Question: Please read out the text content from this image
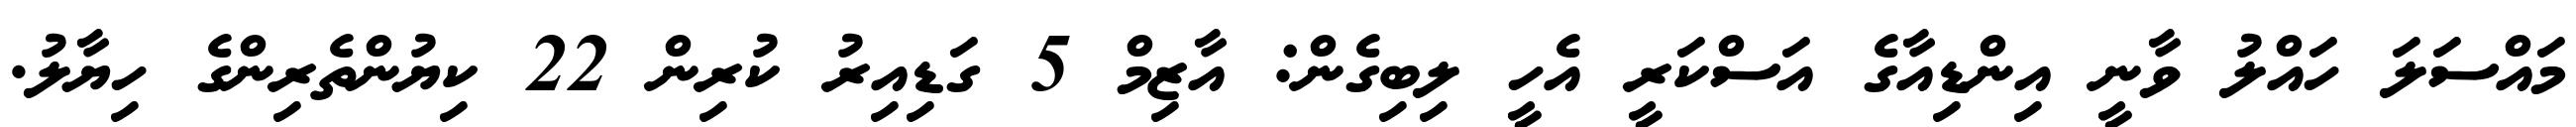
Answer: މައްސަލަ ހައްލު ވާނީ އިންޑިއާގެ އަސްކަރީ އެހީ ލިބިގެން: އާޒިމް 5 ގަޑިއިރު ކުރިން 22 ކިޔުންތެރިންގެ ހިޔާލު.